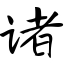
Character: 诸